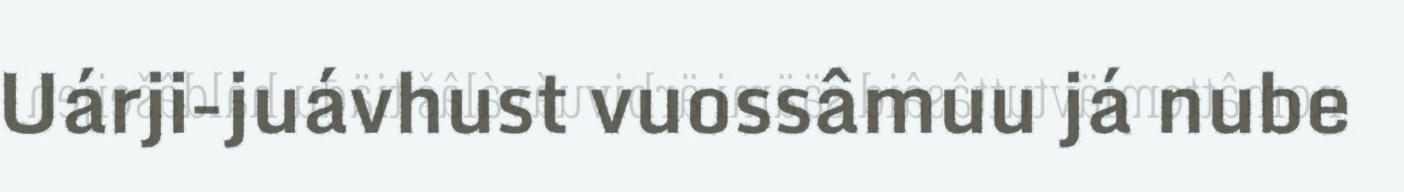
Uárji-juávhust vuossâmuu já nube